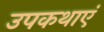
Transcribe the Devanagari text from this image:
उपकथाएं